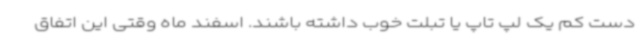
دست کم یک لپ تاپ یا تبلت خوب داشته باشند. اسفند ماه وقتی این اتفاق